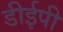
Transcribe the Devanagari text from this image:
डीईपी